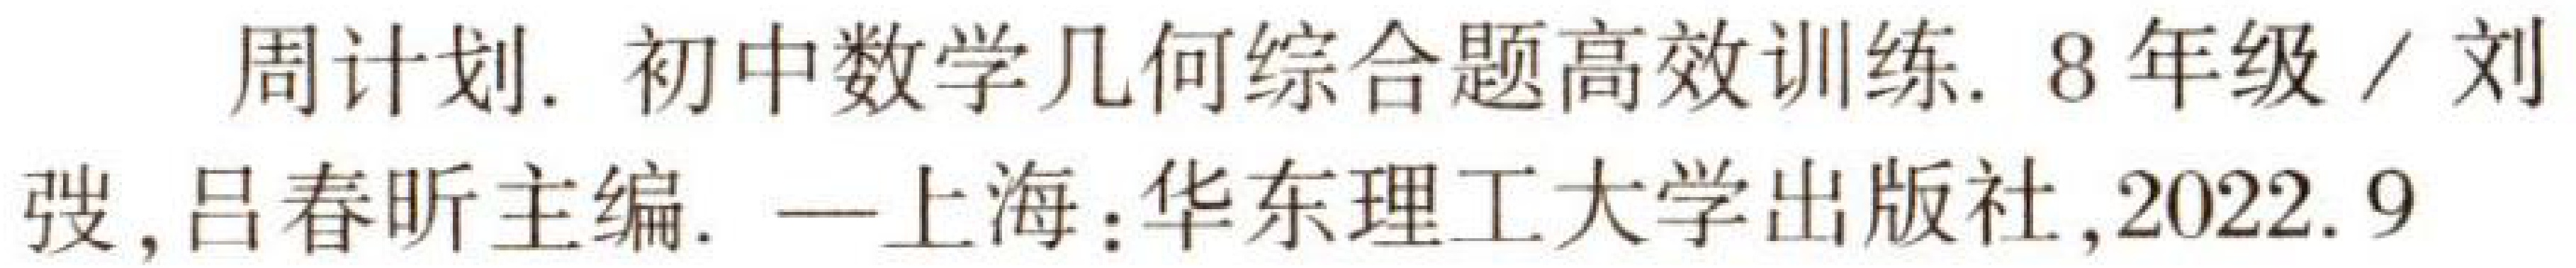
周计划. 初中数学几何综合题高效训练. 8年级 / 刘弢, 吕春昕主编. ---上海：华东理工大学出版社, 2022. 9